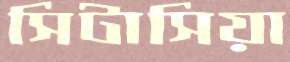
সিটাসিয়া